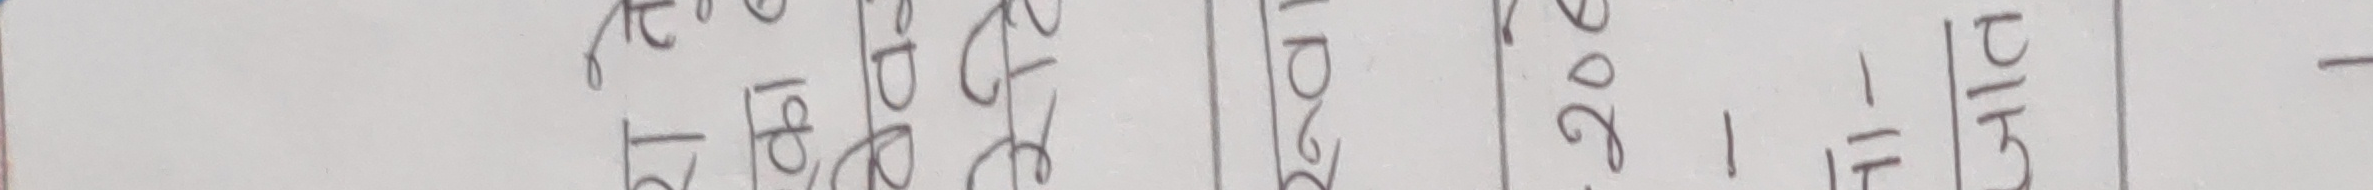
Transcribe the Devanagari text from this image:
रे १ २० १ प्रा - वे ८ ० - १ ट १ २ १ १ ग ८ ० - ८ पु